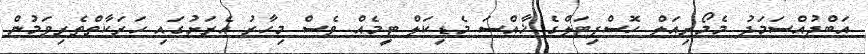
އަބްދުއްސަމަދު މެމޯރިއަލް ހޮސްޕިޓަލްގެ ޚާއްސަ މެޑިކަލް ޓީމެއް ވެސް މިހާރު އެރަށުގައި ހަރަކާތްތެރިވަމުން